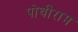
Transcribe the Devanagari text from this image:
पोथीराम